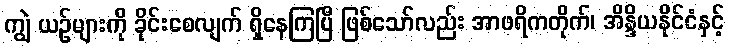
ကျွဲ ယဉ်များကို ခိုင်းစေလျက် ရှိနေကြပြီ ဖြစ်သော်လည်း အာဖရိကတိုက်၊ အိန္ဒိယနိုင်ငံနှင့်